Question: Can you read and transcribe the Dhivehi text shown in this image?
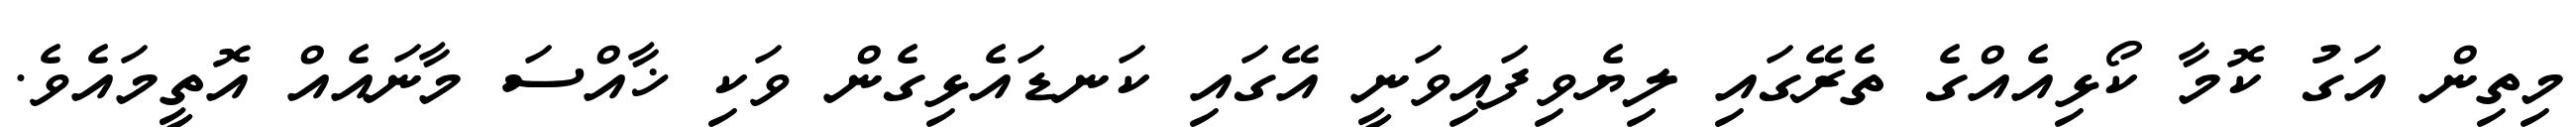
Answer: މިތިން އަގު ކޮމާ ކޯޅިއެއްގެ ތެރޭގައި ލިޔެވިފައިވަނީ އޭގައި ކަނޑައެޅިގެން ވަކި ޚާއްސަ މާނައެއް އޮތީމައެވެ.